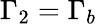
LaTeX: \Gamma_{2}=\Gamma_{b}